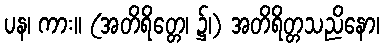
ပန၊ ကား။ (အတိရိတ္တေ၊ ၌၊) အတိရိတ္တသညိနော၊